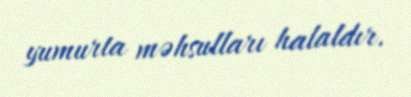
yumurta məhsulları halaldır.